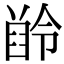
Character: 𪗲